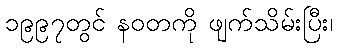
၁၉၉၇တွင် နဝတကို ဖျက်သိမ်းပြီး၊